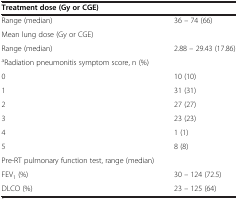
<table><thead><tr><td><b>Treatment dose (Gy or CGE)</b></td><td><b> </b></td></tr></thead><tbody><tr><td>Range (median)</td><td>36 – 74 (66)</td></tr><tr><td>Mean lung dose (Gy or CGE)</td><td> </td></tr><tr><td>Range (median)</td><td>2.88 – 29.43 (17.86)</td></tr><tr><td><sup>a</sup>Radiation pneumonitis symptom score, n (%)</td><td> </td></tr><tr><td>0</td><td>10 (10)</td></tr><tr><td>1</td><td>31 (31)</td></tr><tr><td>2</td><td>27 (27)</td></tr><tr><td>3</td><td>23 (23)</td></tr><tr><td>4</td><td>1 (1)</td></tr><tr><td>5</td><td>8 (8)</td></tr><tr><td>Pre-RT pulmonary function test, range (median)</td><td> </td></tr><tr><td>FEV<sub>1</sub> (%)</td><td>30 – 124 (72.5)</td></tr><tr><td>DLCO (%)</td><td>23 – 125 (64)</td></tr></tbody></table>